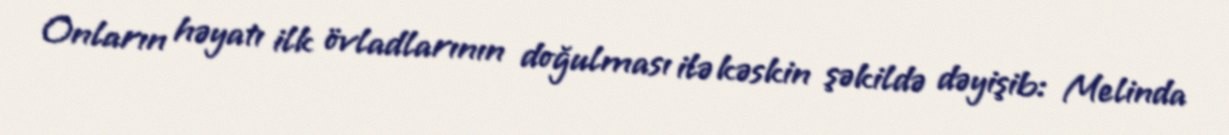
Onların həyatı ilk övladlarının doğulması ilə kəskin şəkildə dəyişib: Melinda